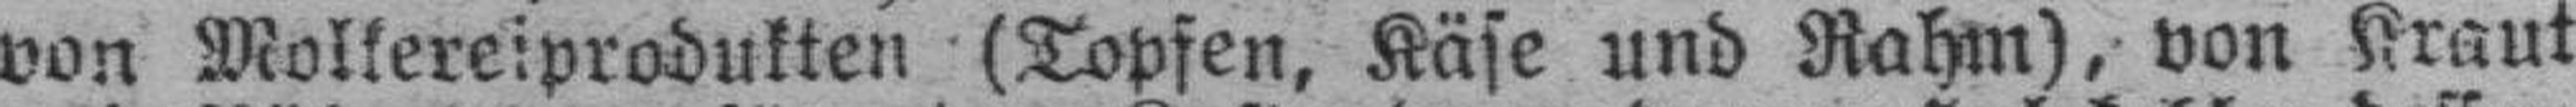
von Molkereiprodukten (Topfen, Käse und Rahm), von Kraut